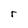
Character: r